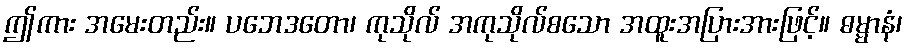
ဤကား အမေးတည်း။ ပဘေဒတော၊ ကုသိုလ် အကုသိုလ်စသော အထူးအပြားအားဖြင့်။ ဓမ္မာနံ၊